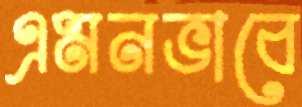
এমনভাবে